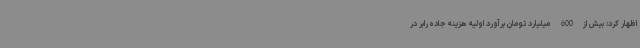
اظهار کرد: بیش از 600 میلیارد تومان برآورد اولیه هزینه جاده رابر در